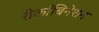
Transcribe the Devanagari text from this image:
रीकाँबिनेशन